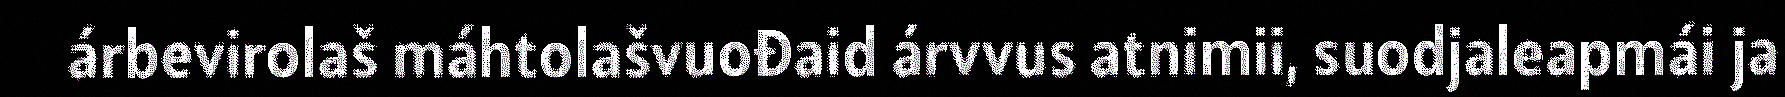
árbevirolaš máhtolašvuođaid árvvus atnimii, suodjaleapmái ja